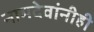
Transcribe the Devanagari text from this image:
नामदेवांनीही